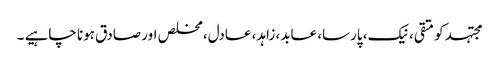
مجتہد کو متقی، نیک، پارسا، عابد، زاہد، عادل، مخلص اور صادق ہونا چاہیے ۔